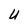
Character: U